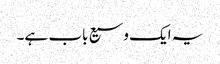
یہ ایک وسیع باب ہے۔